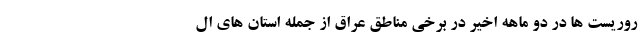
روریست ها در دو ماهه اخیر در برخی مناطق عراق از جمله استان های ال